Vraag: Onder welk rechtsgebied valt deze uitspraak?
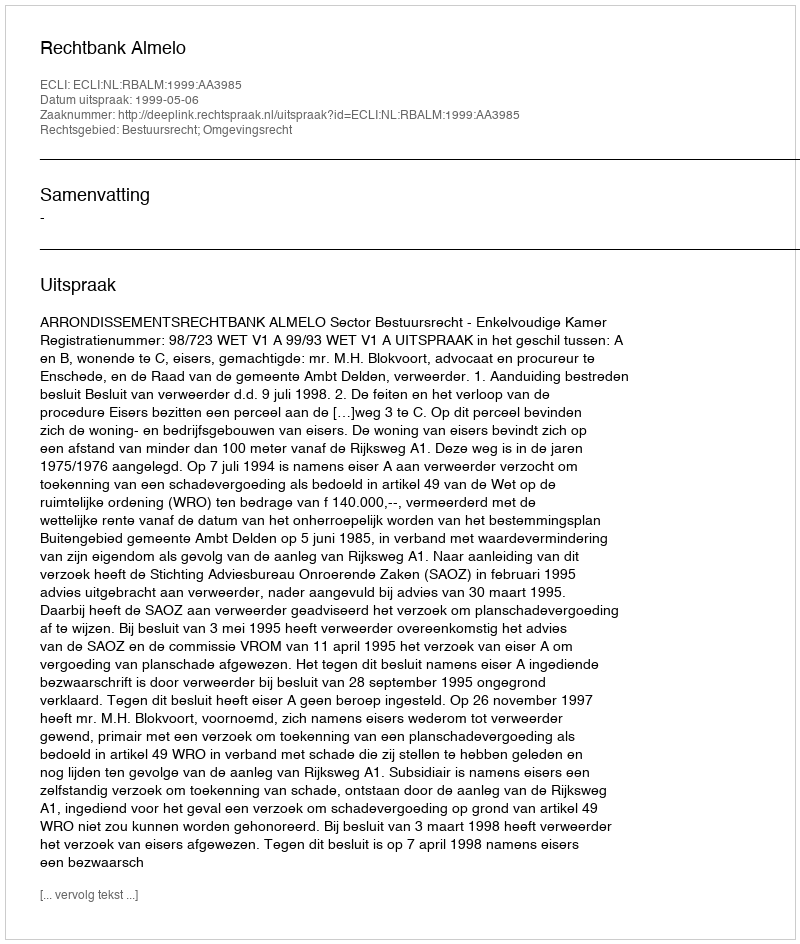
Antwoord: Bestuursrecht; Omgevingsrecht